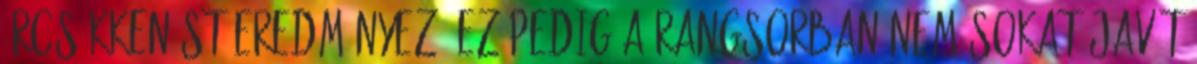
árcsökkenést eredményez, ez pedig a rangsorban nem sokat javít